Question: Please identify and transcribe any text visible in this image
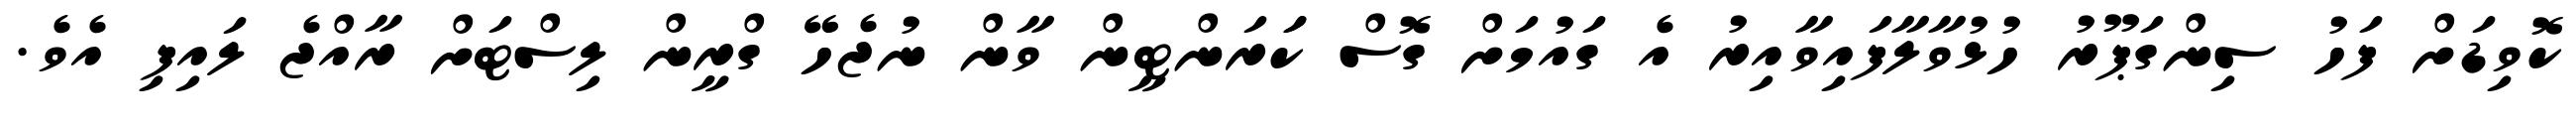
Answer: ކޮވިޑަށް ފަހު ސިންގަޕޫރު ހުޅުވާލާފައިވާއިރު އެ ގައުމަށް ގޮސް ކަަރަންޓީން ވާން ނުޖެހޭ ގްރީން ލިސްޓަށް ރާއްޖެ ލައިފި އެވެ.